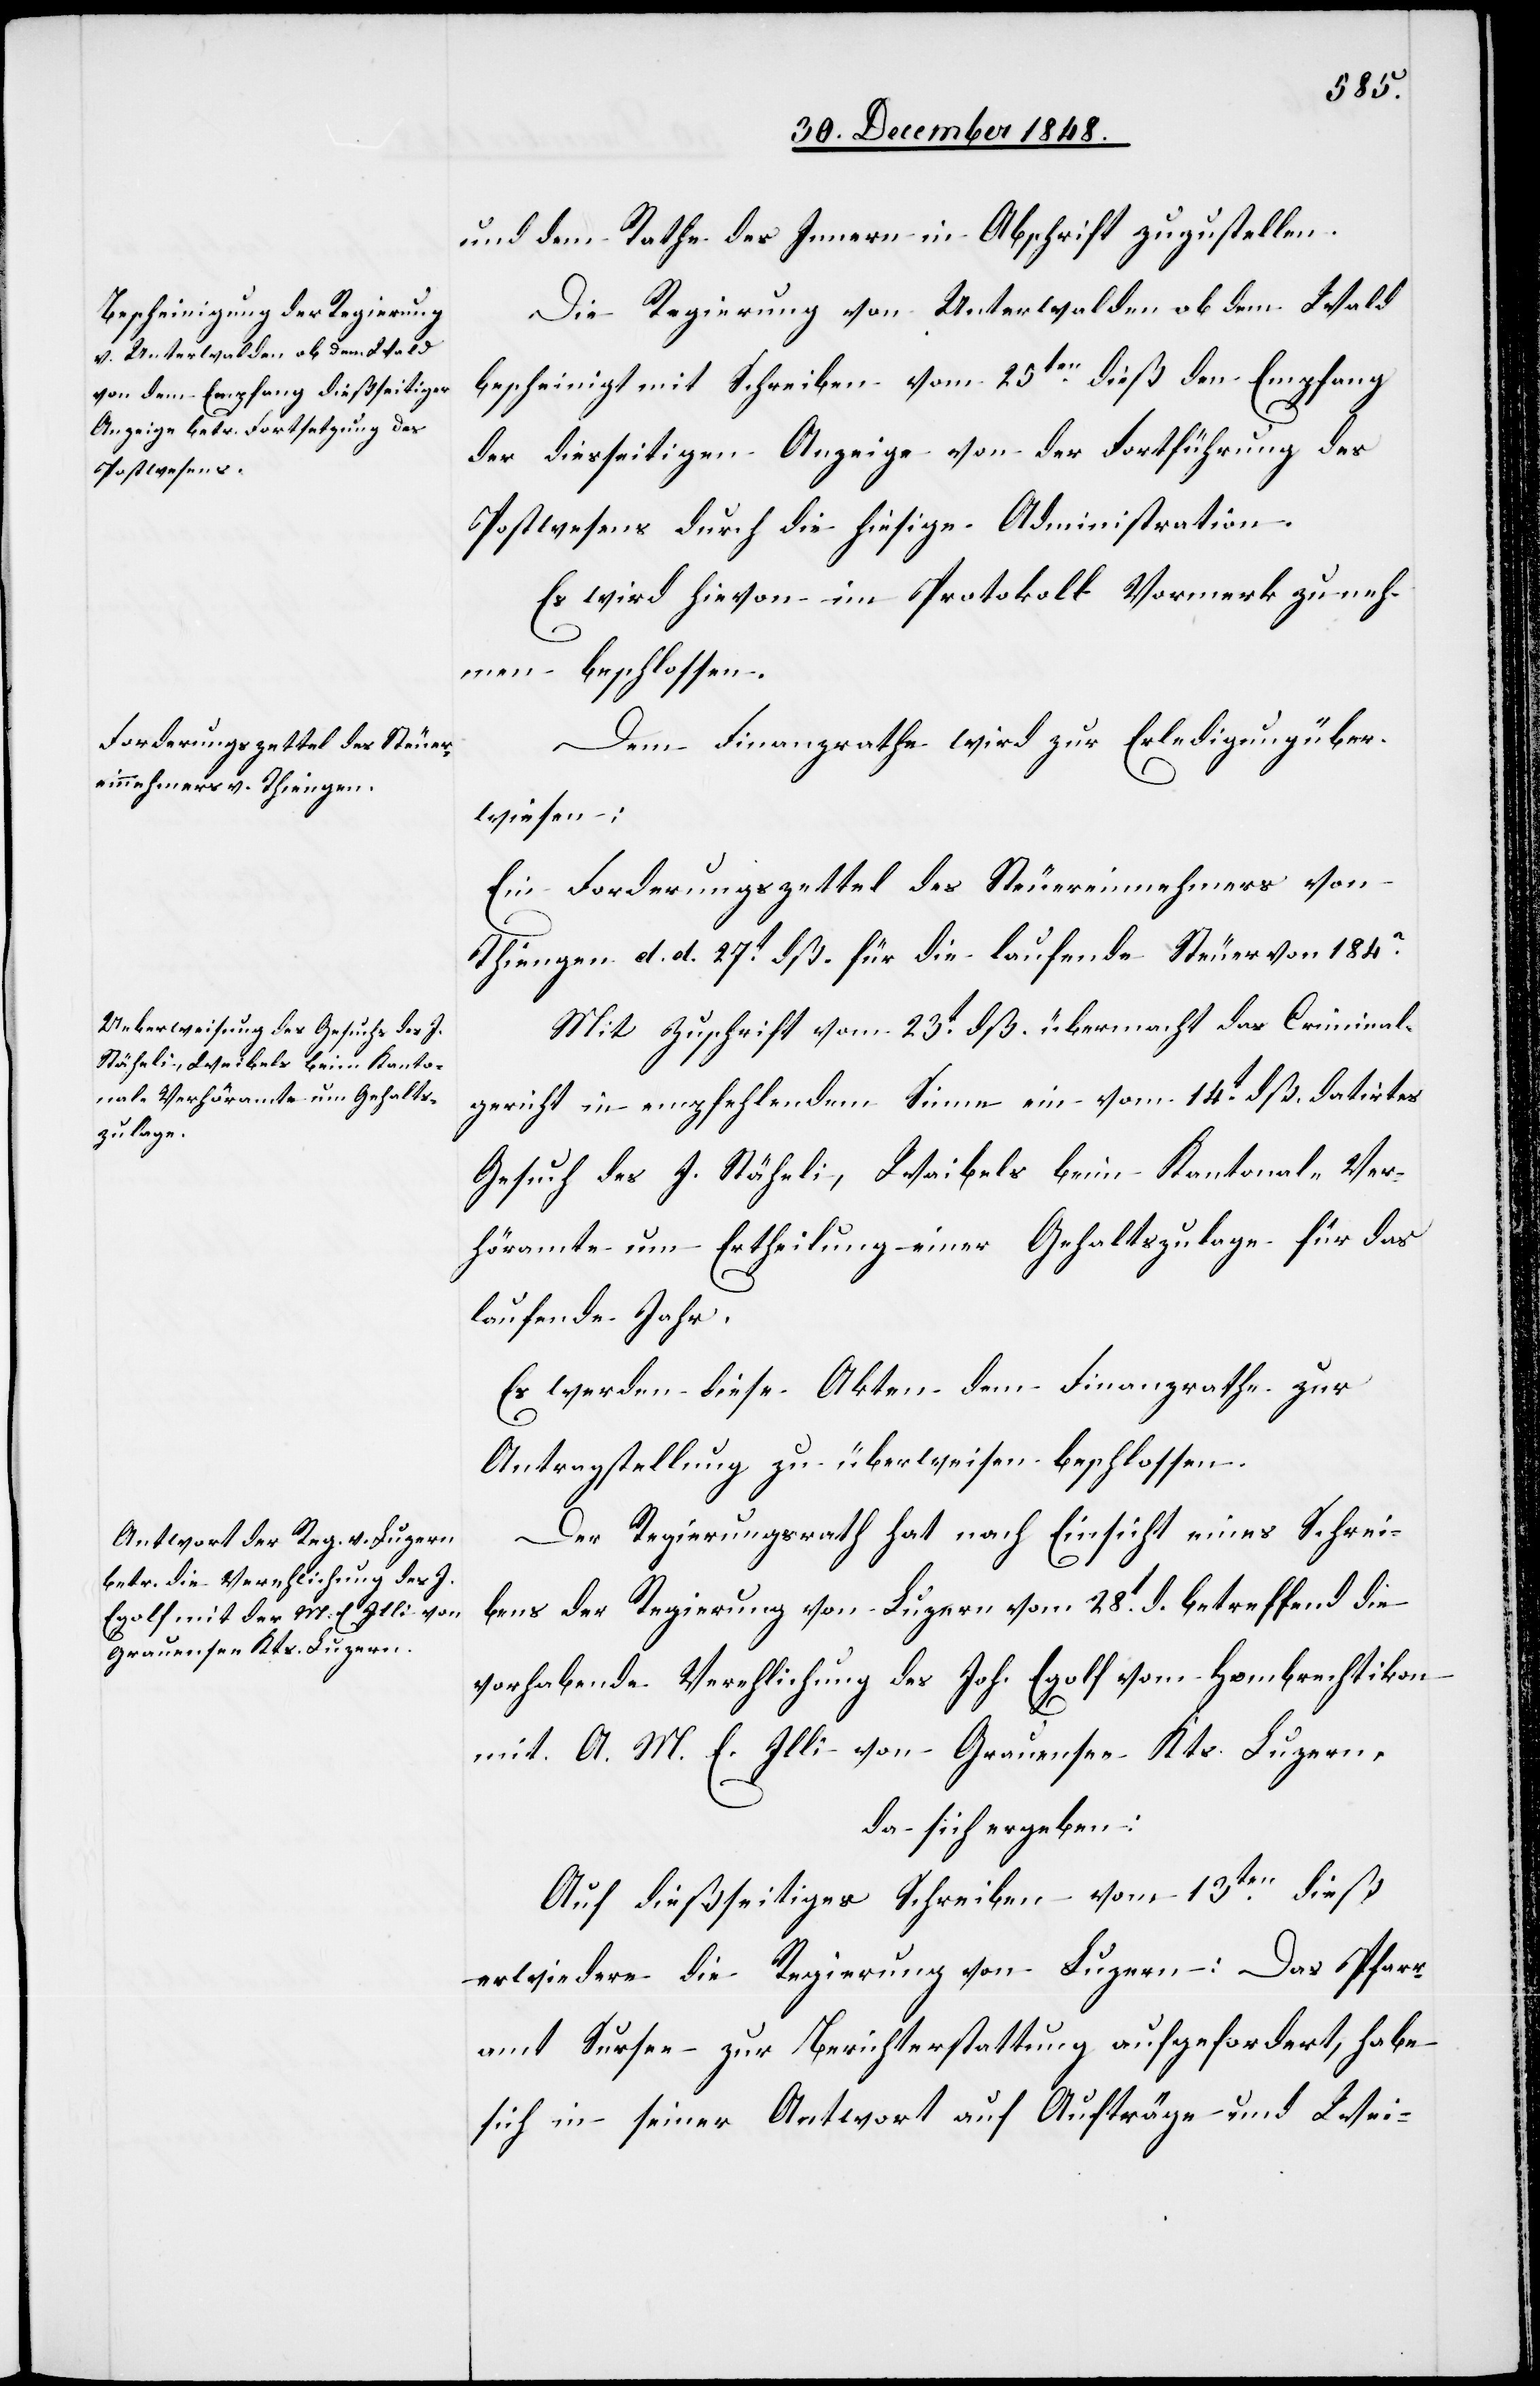
und dem Rathes des Innern in Abschrift zuzustellen.
Die Regierung von Unterwalden ob dem Wald
bescheinigt mit Schreiben vom 25ten dieß den Empfang
der diesseitigen Anzeige von der Fortführung des
Postwesens durch die hiesige Administration.
Es wird hievon im Protokoll Vormerk zu neh¬
men beschlossen.
Dem Finanzrathe wird zur Erledigung über¬
wiesen:
Ein Forderungszettel des Steuereinnehmers von
Thiengen d. d. 27t dß. für die laufende Steuer von 184?.
Mit Zuschrift vom 23t dß. übermacht das Criminal¬
gericht in empfehlendem Sinne ein vom 14t dß. datirtes
Gesuch des J. Stäheli, Waibels beim Kantonal-Ver¬
höramte um Ertheilung einer Gehaltszulage für das
laufende Jahr.
Es werden diese Akten dem Finanzrathe zur
Antragstellung zu überweisen beschlossen.
Der Regierungsrath hat nach Einsicht eines Schrei¬
bens der Regierung von Luzern vom 28t d. betreffend die
vorhabende Verehlichung des Joh. Egolf vom Hombrechtikon
mit A. M. E. Illi von Grauensee Kts. Luzern,
da sich ergeben:
Auf dießseitiges Schreiben vom 13ten dieß
erwiedere die Regierung von Luzern: Das Pfarr¬
amt Sursee zur Berichterstattung aufgefordert, habe
sich in seiner Antwort auf Aufträge und Wei-